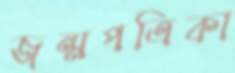
জন্মপত্রিকা